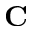
\mathbf { C }